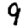
Digit: 9